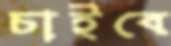
চাইবে